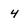
Character: 4